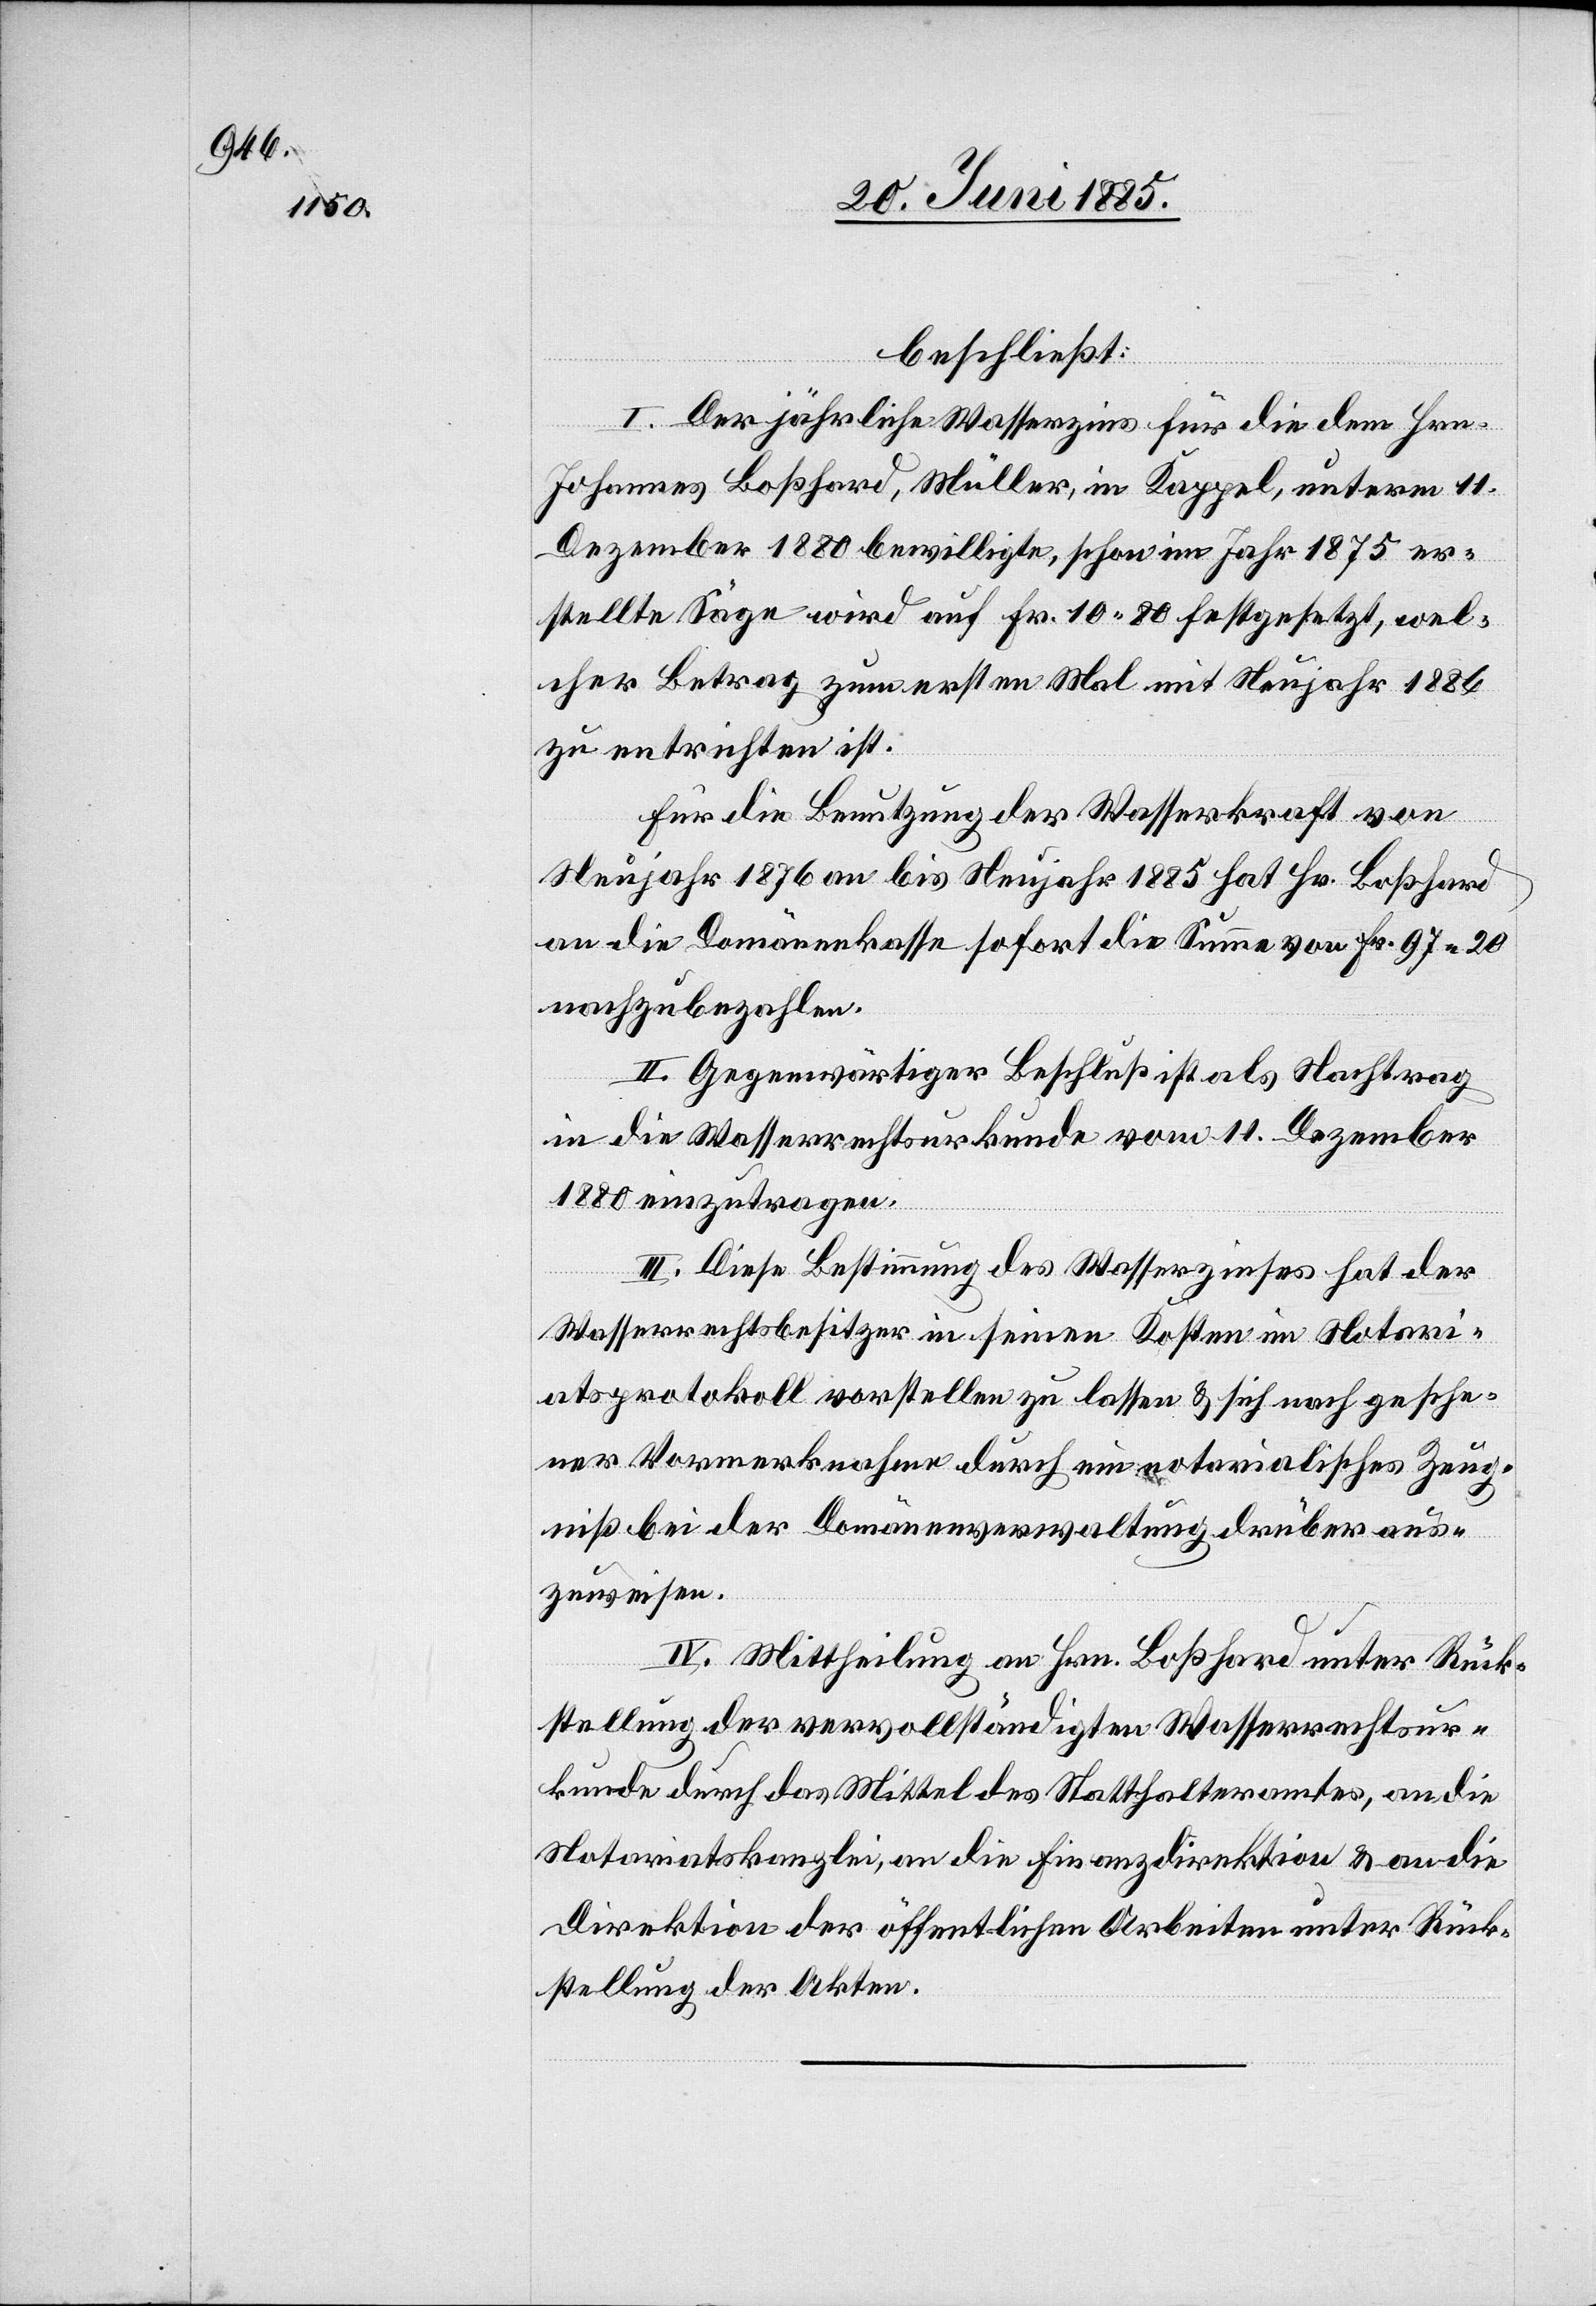
beschließt:
he¬
I. Der jährliche Wasserzins für die dem Hrn.
Johannes Boßhard, Müller, in Kappel, unterm 11.
Dezember 1880 bewilligte, schon im Jahr 1875 er¬
stellte Säge wird auf Fr. 10 80 festgesetzt, wel¬
cher Betrag zum ersten Mal mit Neujahr 1886
zu entrichten ist.
Für die Benutzung der Wasserkraft von
Neujahr 1876 an bis Neujahr 1885 hat Hr. Boßhard
an die Domänenkasse sofort die Summe von Fr. 97 20
nachzubezahlen.
II. Gegenwärtiger Beschluß ist als Nachtrag
in die Wasserrechtsurkunde vom 11. Dezember
1880 einzutragen.
III. Diese Bestimmung des Wasserzinses hat der
Wasserrechtsbesitzer in seinen Kosten im Notari¬
atsprotokoll vorstellen zu lassen & sich nach gesche¬
ner Vormerknahme durch ein notarialisches Zeug¬
niß bei der Domänenverwaltung drüber aus¬
zuweisen.
IV. Mittheilung an Hrn. Boßhard unter Rück¬
stellung der vervollständigten Wasserrechtsur¬
kunde durch das Mittel des Statthalteramtes, an die
Notariatskanzlei, an die Finanzdirektion & an die
Direktion der öffentlichen Arbeiten unter Rück¬
stellung der Akten.